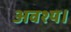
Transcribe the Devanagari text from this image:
अवश्य।